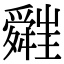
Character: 𦨁